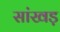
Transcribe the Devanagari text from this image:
सांखड़